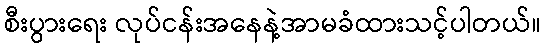
စီးပွားရေး လုပ်ငန်းအနေနဲ့အာမခံထားသင့်ပါတယ်။